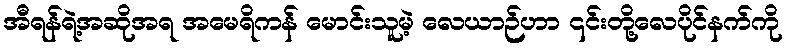
အီရန်ရဲ့အဆိုအရ အမေရိကန် မောင်းသူမဲ့ လေယာဉ်ဟာ ၎င်းတို့လေပိုင်နက်ကို